Vaccination in Burma 1920-1933 - 1920-1933
Year: 1920
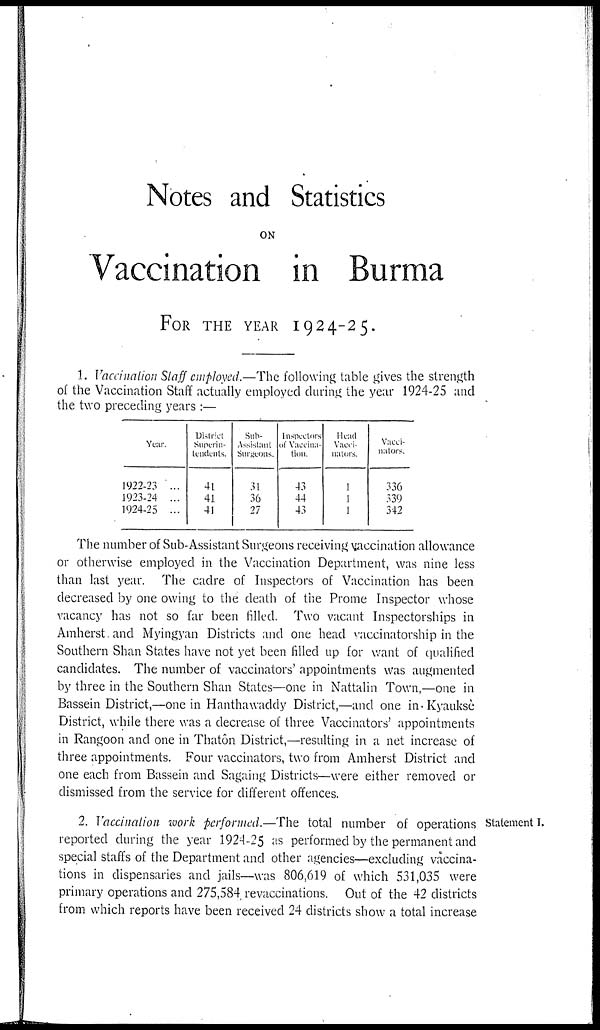
Notes and Statistics
ON
Vaccination in Burma
FOR THE YEAR 1924-25.
1. Vaccination Staff employed.—The following table gives the strength
of the Vaccination Staff actually employed during the year 1924-25 and
the two preceding years :—
Year
1922-23 ...
1923-24 ...
1924-25 ...
District
Superin-
tendents.
41
41
41
Sub-
Assistant
Surgeons.
31
36
27
Inspectors
of Vaccina-
tion
43
44
43
Head
Vacci-
nators.
1
1
1
Vacci-
nators
336
339
342
The number of Sub-Assistant Surgeons receiving vaccination allowance
or otherwise employed in the Vaccination Department, was nine less
than last year. The cadre of Inspectors of Vaccination has been
decreased by one owing to the death of the Prome Inspector whose
vacancy has not so far been filled. Two vacant Inspectorships in
Amherst and Myingyan Districts and one head vaccinatorship in the
Southern Shan States have not yet been filled up for want of qualified
candidates. The number of vaccinators' appointments was augmented
by three in the Southern Shan States—one in Nattalin Town,—one in
Bassein District,—one in Hanthawaddy District,—and one in-Kyaukse
District, while there was a decrease of three Vaccinators' appointments
in Rangoon and one in Thatôn District,—resulting in a net increase of
three appointments. Four vaccinators, two from Amherst District and
one each from Bassein and Sagaing Districts—were either removed or
dismissed from the service for different offences.
Statement I.
2. Vaccination work performed.—The total number of operations
reported during the year 1924-25 as performed by the permanent and
special staffs of the Department and other agencies—excluding vaccina-
tions in dispensaries and jails—was 806,619 of which 531,035 were
primary operations and 275,584 revaccinations. Out of the 42 districts
from which reports have been received 24 districts show a total increase